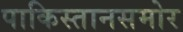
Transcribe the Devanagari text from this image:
पाकिस्तानसमोर